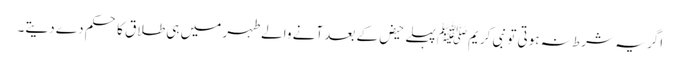
اگر یہ شرط نہ ہوتی تو نبی کریمﷺ پہلے حیض کے بعد آنے والے طہر میں ہی طلاق کا حکم دے دیتے۔